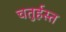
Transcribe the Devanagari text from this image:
चतुर्हस्त